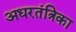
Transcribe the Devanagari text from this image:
अधरतंत्रिका